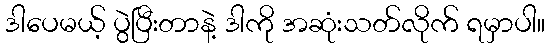
ဒါပေမယ့် ပွဲပြီးတာနဲ့ ဒါကို အဆုံးသတ်လိုက် ရမှာပါ။